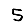
Digit: 5